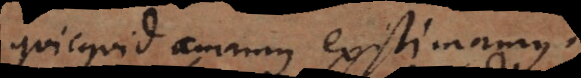
Quicquid amamus existimamus,